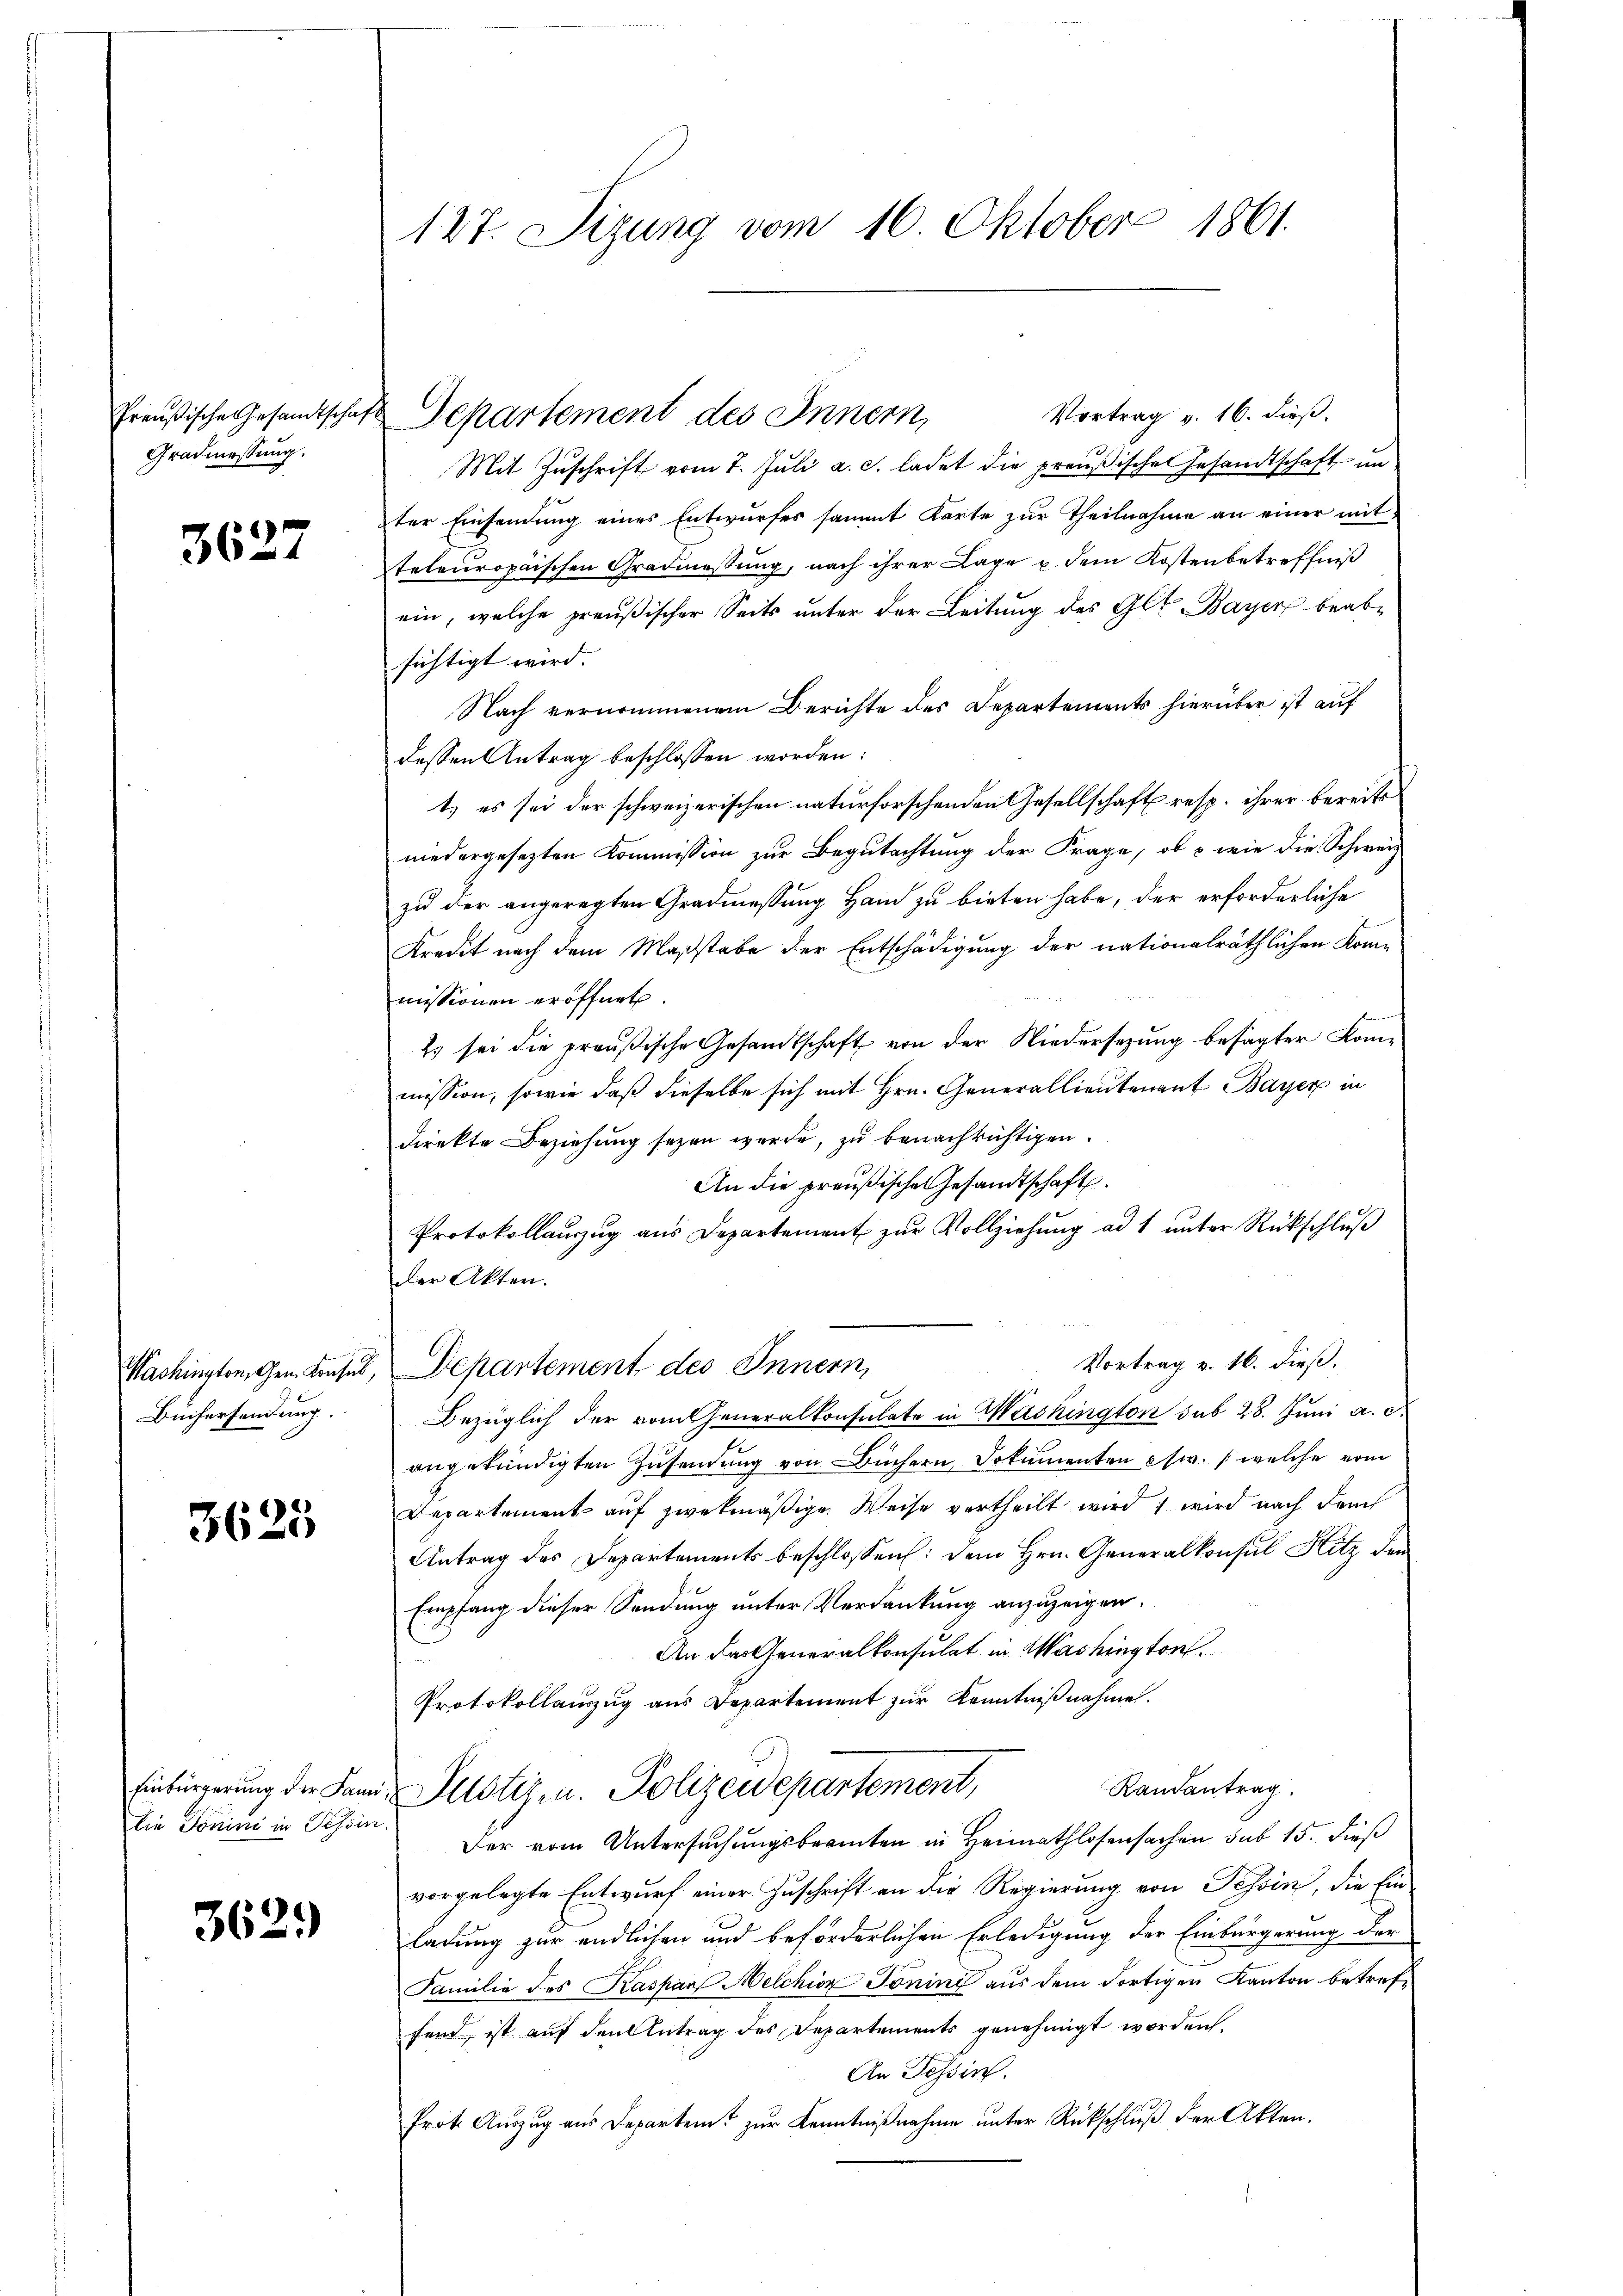
Gradmessung.

3627

Washington, Gen. Konsul
Büchersendung.

3625

Die Tonini in Tessin.

3629

127. Sizung vom 16. Oktober 1861.

Preußische Gesandtschaft Departement des Innern,
Mit Zuschrift vom 7. Juli a. c. ladet die preußische Gesandtschaft an

Vortrag v. 16. dieß.
ter Einsendŭng eines Entwŭrfes sammt Karte zŭr Theilnahme an einer mit
teleuropaischen Gradmessung, nach ihrer Lage u. dem Kostenbetreffniß
ein, welche preußischer Seits unter der Leitung des Glt. Bayer beabsichtigt wird.
Nach vernommenem Berichte des Departements hierüber ist auf
dessen Antrag beschlossen worden:
t,) es sei der schweizerischen naturforschenden Gesellschaft resp. ihrer bereits
niedergesezten Kommission zur Begutachtung der Frage, ob & wie die Schweiz
zu der angeregten Gradmessung Hand zu bieten habe, der erforderliche
Kredit nach dem Maßstabe der Entschädigung der nationalräthlichen Komme
missionen eröffnet.
Es sei die preußische Gesandtschaft von der Niedersezung besagter Kommission, sowie daß dieselbe sich mit Hrn. Generallieutenant Bayer in
direkte Beziehung seyen werde, zu benachrichtigen.
An die preußische Gesandtschaft.
Protokollauszug aus Departement zur Vollziehung ad 1 unter Rückschluß
Der Akten.
Vortrag v. 16. dieß.
Departement des Innern,
Bezüglich der vom Generalkonsulate in Washington sub 28. Juni a. d
angekündigten Zusendung von Büchern Dokumenten es w. (welche vom
Departement auf zwekmäßige Weise vertheilt wird, wird nach dem
Antrag des Departements beschlossen: dem Hrn. Generalkonsul Hitz den
Empfang dieser Sendung unter Verdankung anzuzeigen.
An das Generalkonsulat in Washington.
Protokollauszug aus Departement zur Kenntnißnahme.
Randantrag.
Einbürgerung der Land Pilotiz u. Polizeidepartement,
Der vom Untersuchungsbeamten in Heimathlosensachen sub 15. dieß
vorgelegte Entwurf einer Zuschrift an die Regierung von Tessin, die Ein-
ladung zur endlichen und beförderlichen Erledigung der Einbürgerung der
Familie des Kaspar Melchion Tonini aus dem dortigen Kanton betreffend, ist auf den Antrag des Departements genehmigt worden.
An Tessin.
Prot. Auszug aus Departent zur Kenntnißnahme unter Rückschluß der Akten.